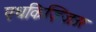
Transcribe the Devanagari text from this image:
एधकिज़्ज़िउर